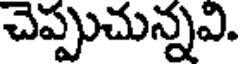
చెప్పుచున్నవి.